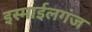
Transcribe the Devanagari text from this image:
इस्माईलगंज